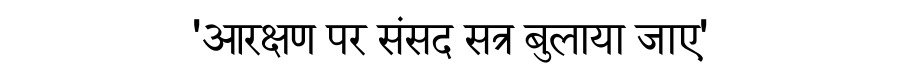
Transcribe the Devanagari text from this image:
'आरक्षण पर संसद सत्र बुलाया जाए'